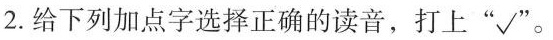
2. 给下列加点字选择正确的读音，打上 “√”。